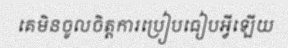
គេមិនចូលចិត្តការប្រៀបធៀបអ្វីឡើយ